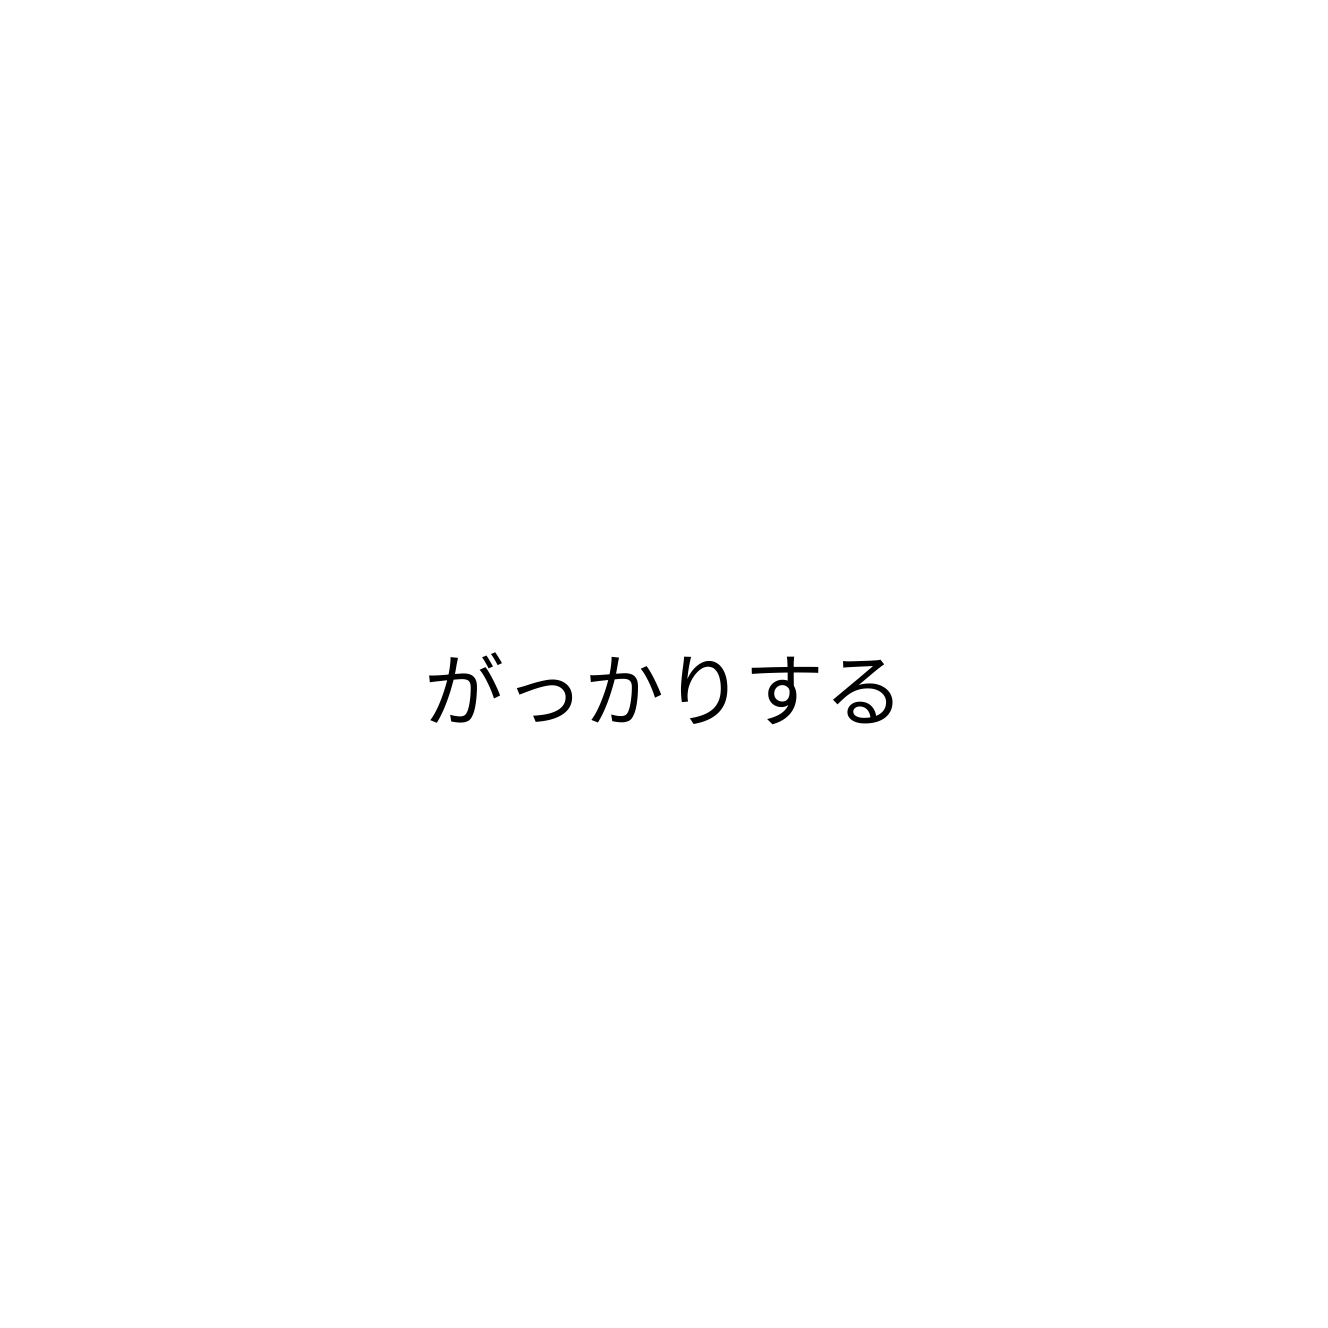
がっかりする